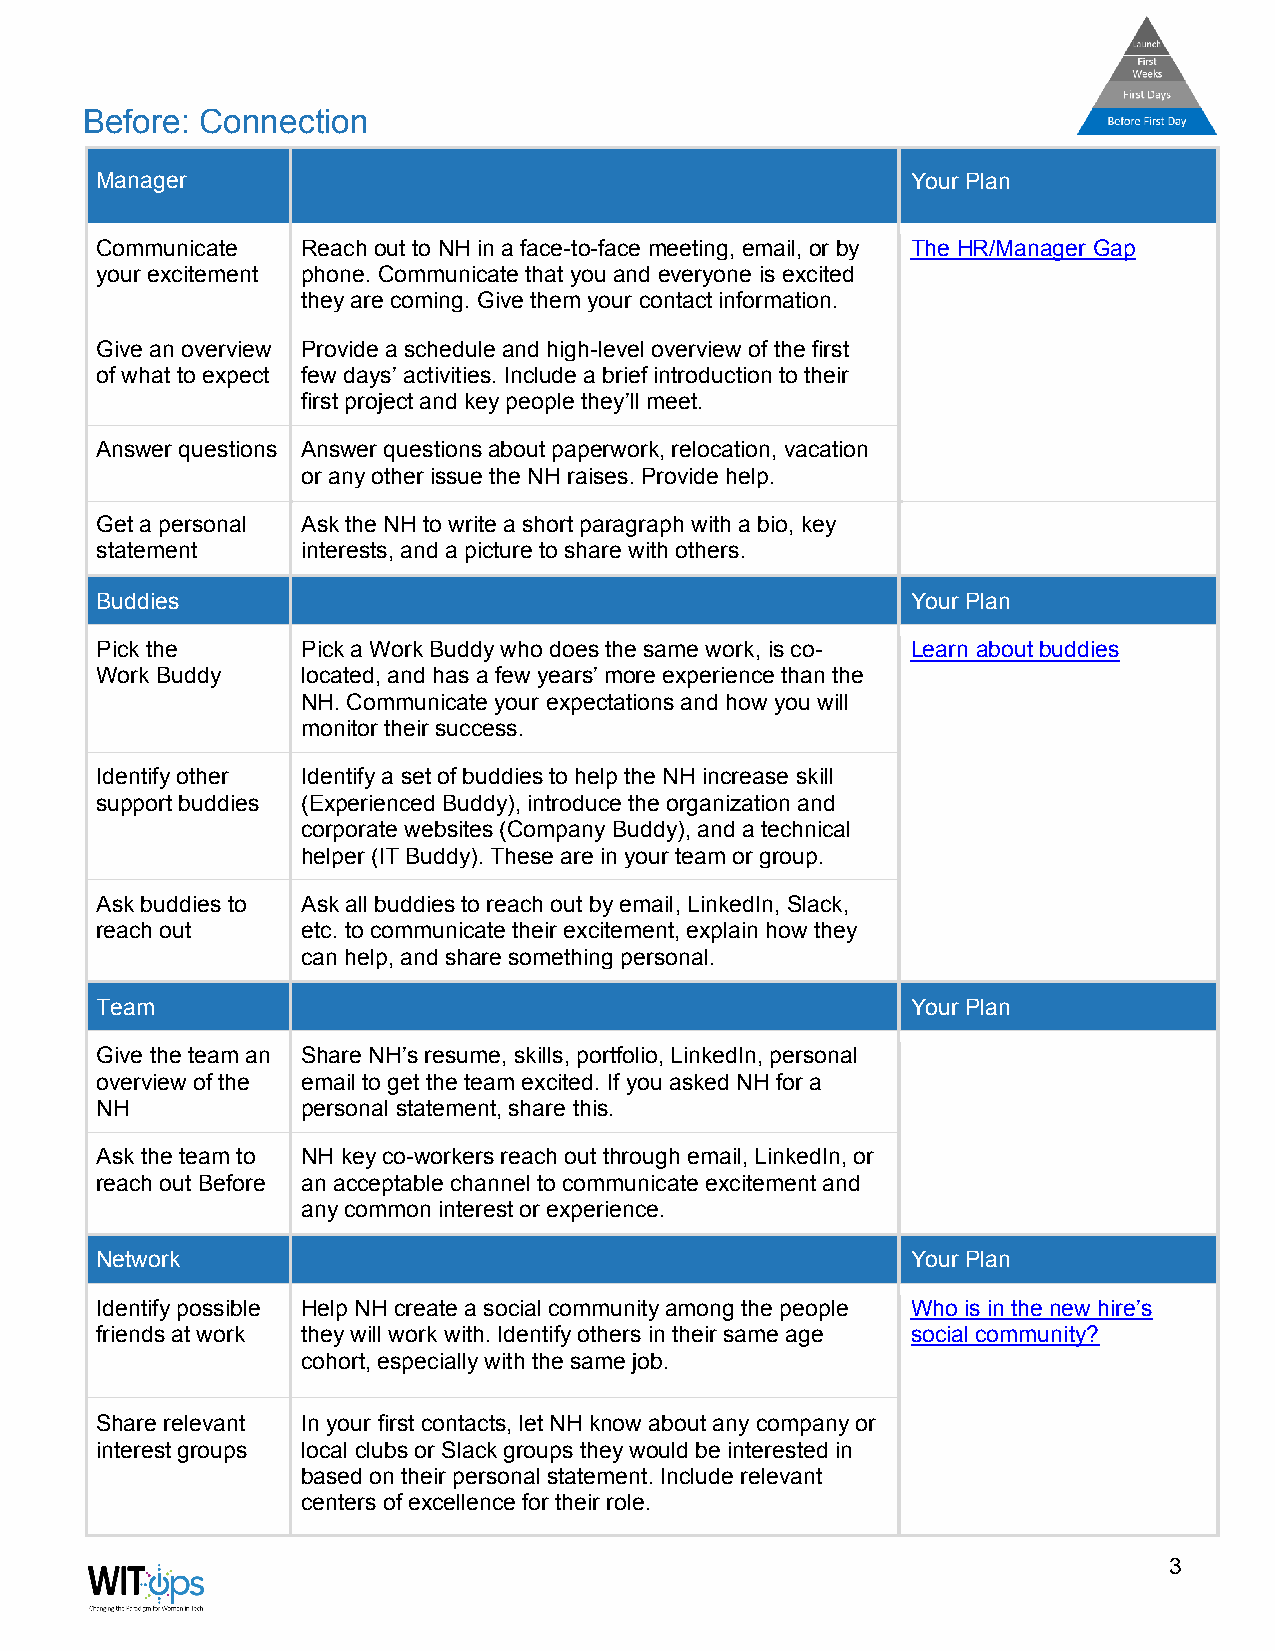
Before: Connection
 Manager                                               Your Plan
 Communicate   Reach out to NH in a face-to-face meeting, email, or by The HR/Manager Gap
 your excitement phone. Communicate that you and everyone is excited
 they are coming. Give them your contact information.
 Give an overview Provide a schedule and high-level overview of the first
 of what to expect few days’ activities. Include a brief introduction to their
 first project and key people they’ll meet.
 Answer questions Answer questions about paperwork, relocation, vacation
 or any other issue the NH raises. Provide help.
 Get a personal Ask the NH to write a short paragraph with a bio, key
 statement     interests, and a picture to share with others.
 Buddies                                               Your Plan
 Pick the      Pick a Work Buddy who does the same work, is co- Learn about buddies
 Work Buddy    located, and has a few years’ more experience than the
 NH. Communicate your expectations and how you will
 monitor their success.
 Identify other Identify a set of buddies to help the NH increase skill
 support buddies (Experienced Buddy), introduce the organization and
 corporate websites (Company Buddy), and a technical
 helper (IT Buddy). These are in your team or group.
 Ask buddies to Ask all buddies to reach out by email, LinkedIn, Slack,
 reach out     etc. to communicate their excitement, explain how they
 can help, and share something personal.
 Team                                                  Your Plan
 Give the team an Share NH’s resume, skills, portfolio, LinkedIn, personal
 overview of the email to get the team excited. If you asked NH for a
 NH            personal statement, share this.
 Ask the team to NH key co-workers reach out through email, LinkedIn, or
 reach out Before an acceptable channel to communicate excitement and
 any common interest or experience.
 Network                                               Your Plan
 Identify possible Help NH create a social community among the people Who is in the new hire’s
 friends at work they will work with. Identify others in their same age social community?
 cohort, especially with the same job.
 Share relevant In your first contacts, let NH know about any company or
 interest groups local clubs or Slack groups they would be interested in
 based on their personal statement. Include relevant
 centers of excellence for their role.
 3